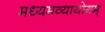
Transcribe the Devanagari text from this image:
मध्यमव्यायोगम्